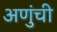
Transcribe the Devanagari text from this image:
अणुंची